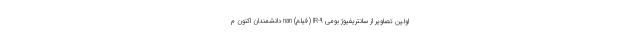
اولین تصاویر از سانتریفیوژ بومی IR-۹ (فیلم) nan دانشمندان اکنون م